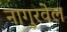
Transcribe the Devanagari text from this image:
नागुरवेल